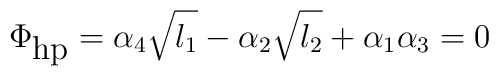
\Phi_{\mbox{hp}}=\alpha_4\sqrt{l_1}-\alpha_2\sqrt{l_2}+\alpha_1\alpha_3=0